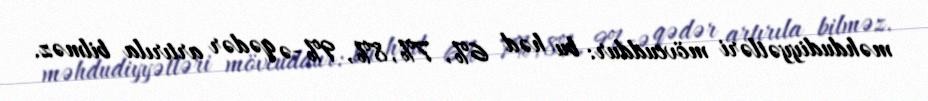
məhdudiyyətləri mövcuddur: bu həd 6%, 7%, 8%, 9%-ə qədər artırıla bilməz.